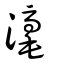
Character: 𣻼